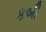
કબી